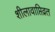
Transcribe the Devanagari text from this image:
शीलावाप्तिव्रत